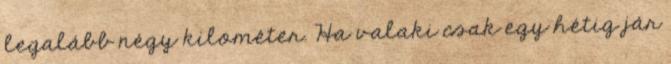
legalább négy kilométer. Ha valaki csak egy hétig jár